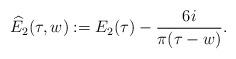
LaTeX: \begin{align*}\widehat{E}_2(\tau,w):=E_2(\tau)-\frac{6 i}{\pi (\tau-w)}.\end{align*}